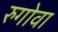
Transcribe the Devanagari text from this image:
रुगोवा